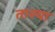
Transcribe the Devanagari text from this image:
ताश्या